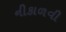
નીકાળવી